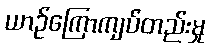
ယာဉ်ကြောကျပ်တည်းမှု